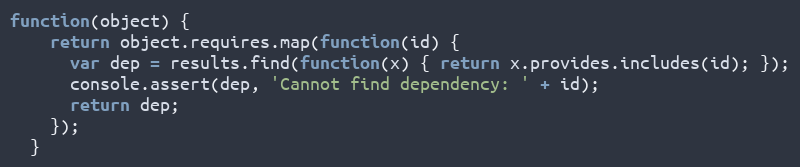
Language: JavaScript
function(object) {
    return object.requires.map(function(id) {
      var dep = results.find(function(x) { return x.provides.includes(id); });
      console.assert(dep, 'Cannot find dependency: ' + id);
      return dep;
    });
  }